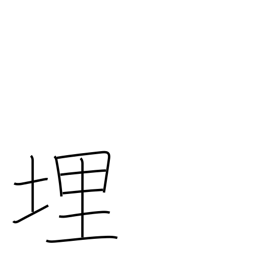
Meaning: embedded